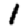
Digit: 1